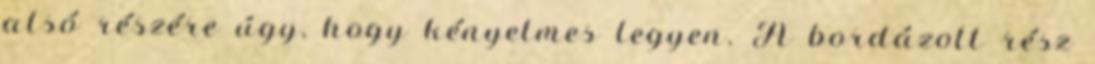
alsó részére úgy, hogy kényelmes legyen. A bordázott rész